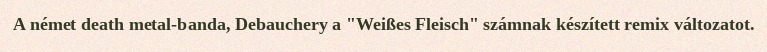
A német death metal-banda, Debauchery a "Weißes Fleisch" számnak készített remix változatot.